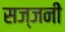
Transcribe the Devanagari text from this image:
सज्जनी